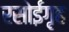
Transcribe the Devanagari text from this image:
रसोईगृह